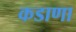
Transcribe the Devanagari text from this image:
कडाणा